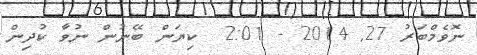
ނޮވެމްބަރު 27